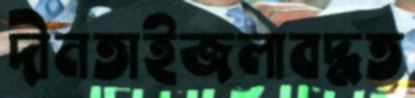
দীনতাইজলাবদ্ধত